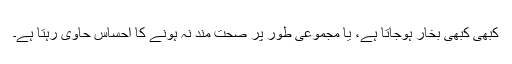
کبھی کبھی بخار ہوجاتا ہے، یا مجموعی طور پر صحت مند نہ ہونے کا احساس حاوی رہتا ہے۔